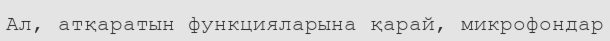
Ал, атқаратын функцияларына қарай, микрофондар